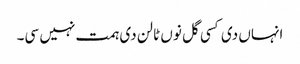
انہاں دی کسی گل نوں ٹالن دی ہمت نہیں سی۔